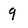
Character: 9